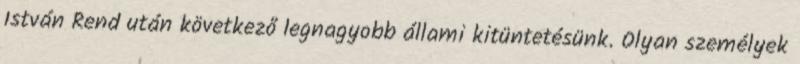
István Rend után következő legnagyobb állami kitüntetésünk. Olyan személyek